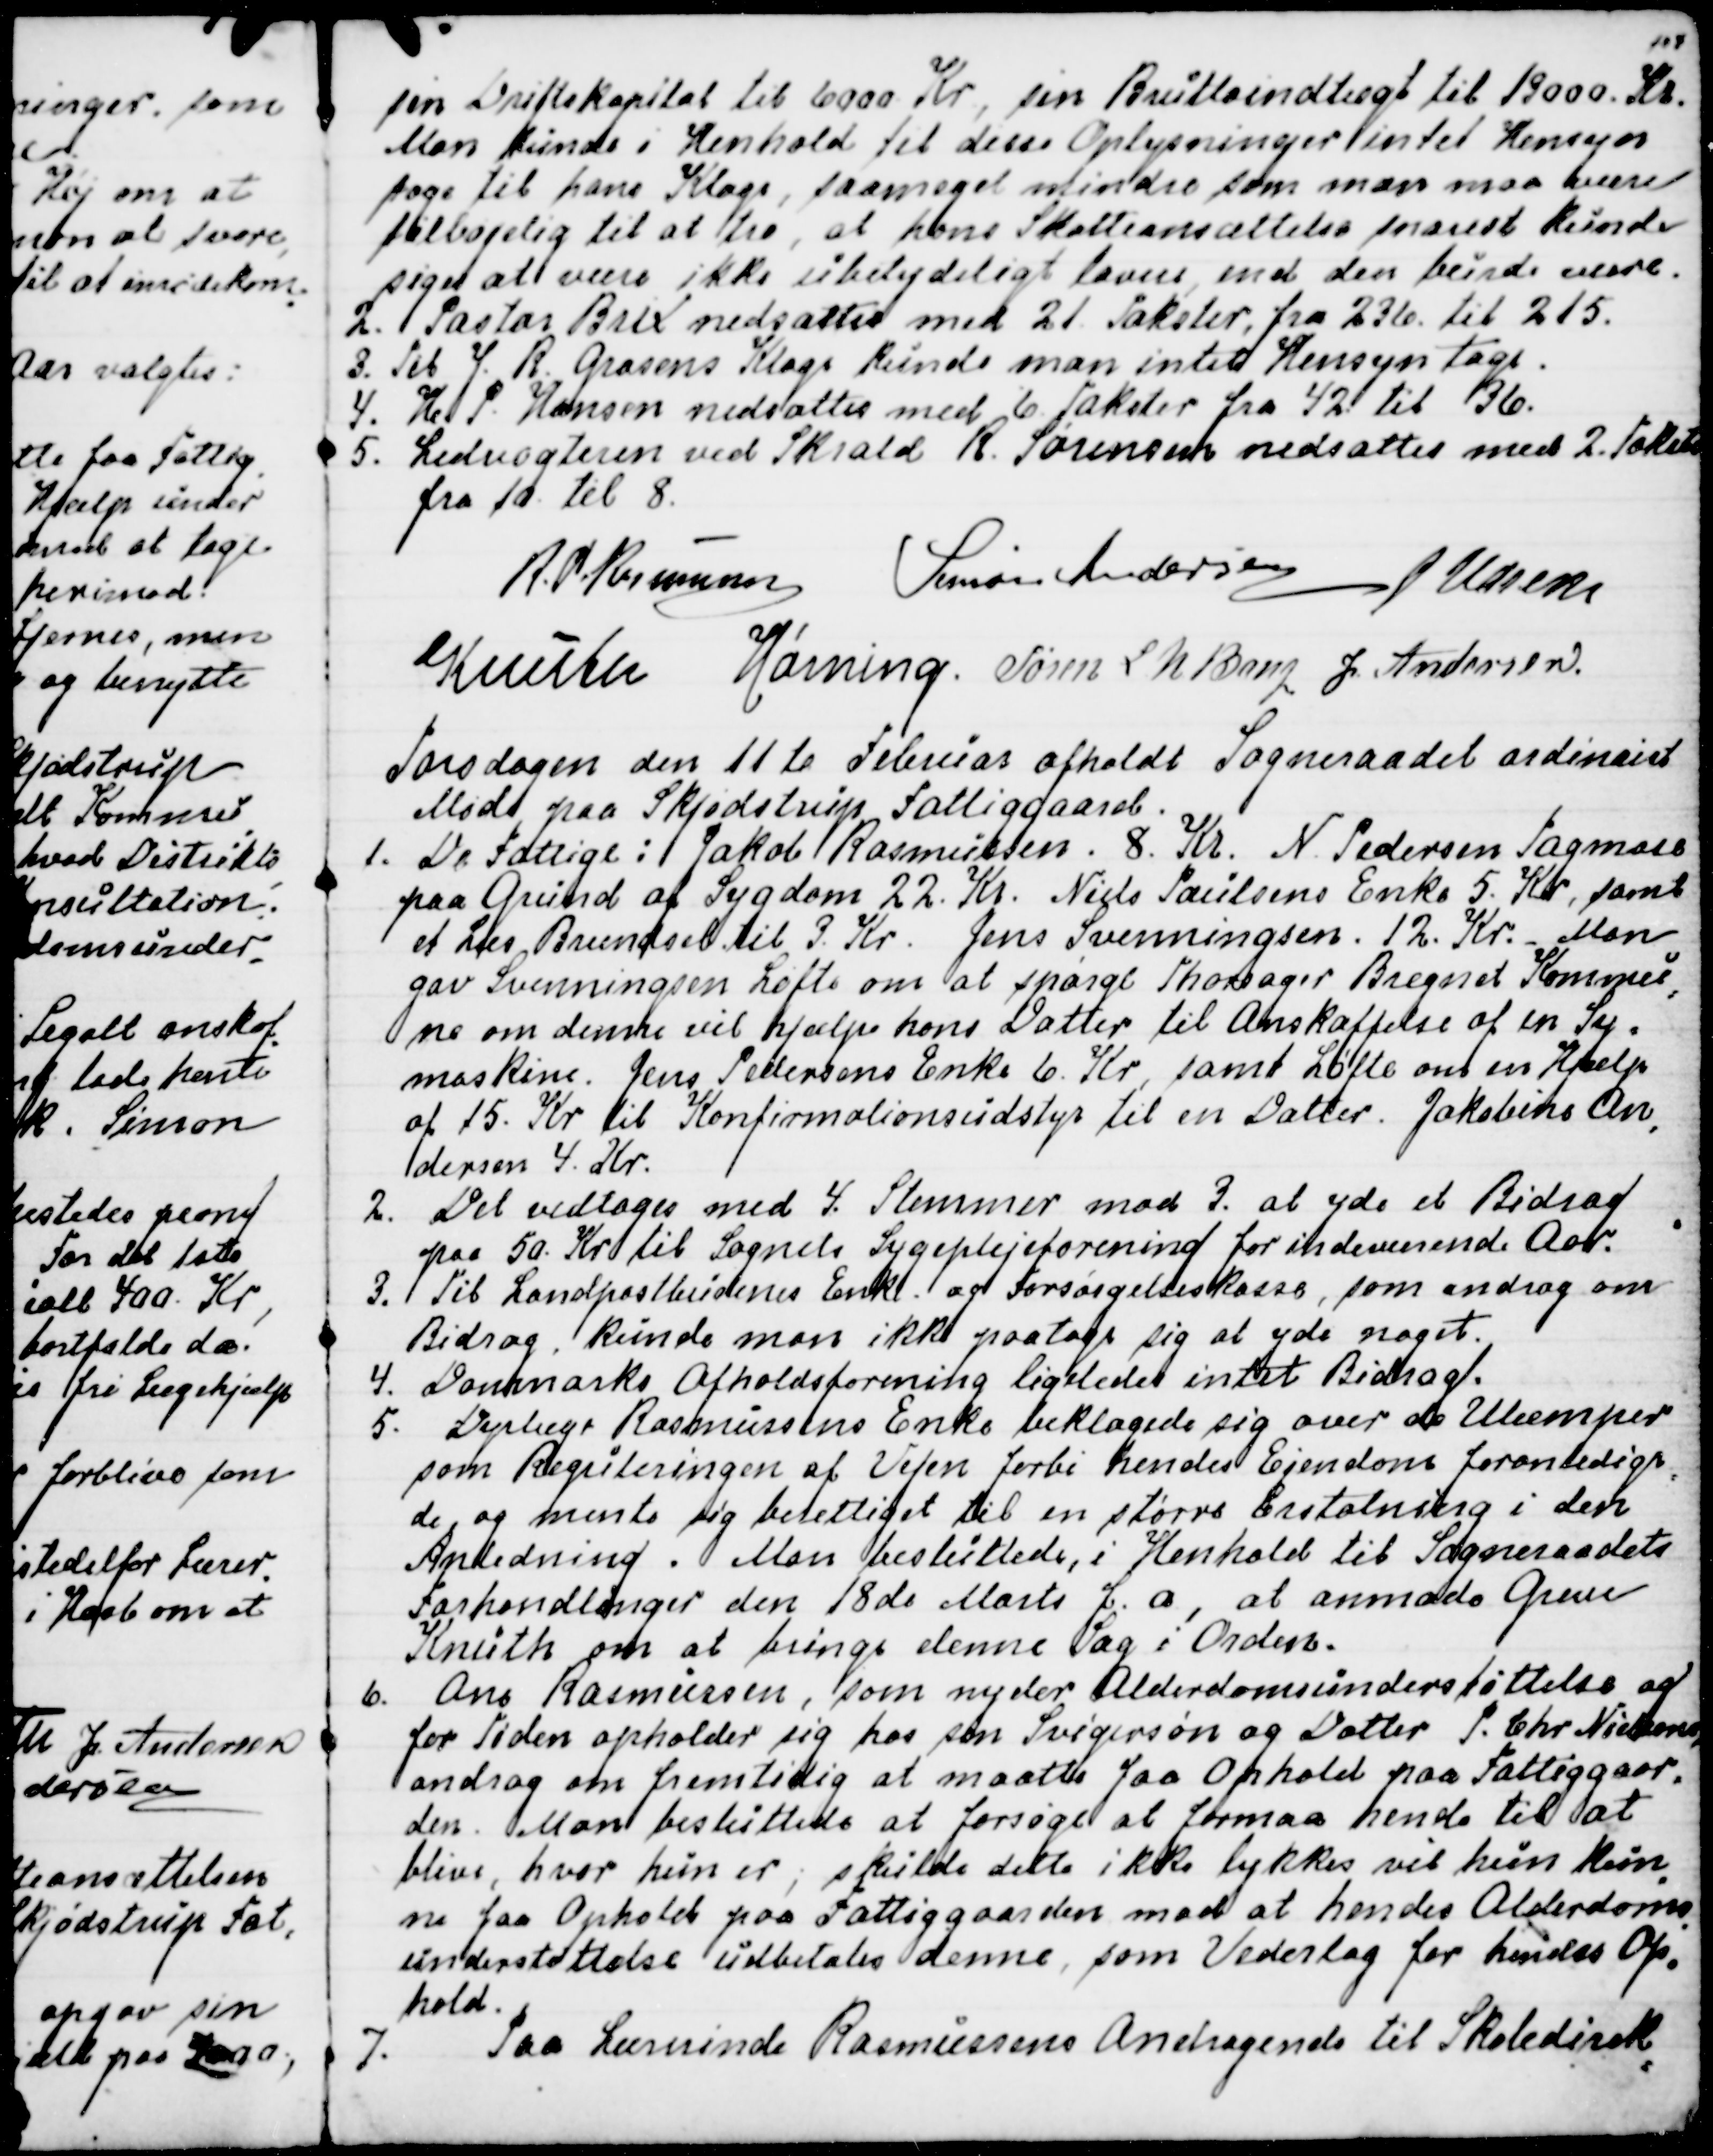
Transskription:
sin Driftskapital til 6000 Kr, sin Bruttoindtægt til 13.000. Kr.
Man kunde i Henhold til disse Oplysninger intet Hensyn
tage til hans Klage, saameget mindre, som man maa være
tilbøjelig til at tro, at hans Skatteansættelse snarest kunde
siges at være ikke ubetydeligt lavere, end den burde være.
2. Pastor Brix nedsattes med 21. Takster, fra 236. til 215.
3. Til J. R. Grosens Klage kunde man intet Hensyn tage.
4. H. P. Hansen nedsattes med 6 Takster fra 42 til 36.
5. Ledvogteren ved Skrald R. Sørensen nedsattes med 2. Takster
fra 10 til 8.
R. P. Rasmussen
Simon Andersen
J Udsen
Knuth
Hørning.
Søren L N Bang
J. Andersen.

Torsdagen den 11 te Februar afholdt Sogneraadet ordinairt
Møde paa Skjødstrup Fattiggaard.
1.De Fattige: Jakob Rasmussen. 8. Kr. N Pedersen Tagmose
paa Grund af Sygdom 22. Kr. Niels Paulsens Enke 5. Kr, samt
et Læs Brændsel til 3. Kr. Jens Svenningsen. 12. Kr. Man
gav Svenningsen Løfte om at spørge Thorsager Bregnet Kommu
=
ne om denne ville hjælpe hans Datter til Anskaffelse af en Sy=
maskine. Jens Pedersens Enke 6. Kr, samt Løfte om en Hjælp
af 15. Kr til Konfirmationsudstyr til en Datter.  Jakobine An
=
dersen 4. Kr.
2. Det Vedtoges med 4. Stemmer mod 3. at yde et Bidrag
paa 50. Kr til Sognets Sygeplejeforening for indeværende Aar.
3. Til Landpostbudenes Enke- og Forsørgelseskasse, som androg om
Bidrag, kunde man ikke paatage sig at yde noget.
4. Danmarks Afholdsforening ligeledes intet Bidrag.
5. Dyrlæge Rasmussens Enke beklagede sig over de Ulemper
som Reguleringen af Vejen forbi hendes Ejendom foranledige
-
de, og mente sig berettiget til en større Erstatning i den
Anledning . Man besluttede, i Henhold til Sogneraadets
Forhandlinger den 18de Marts f. a, at anmode Greve
Knuth om at bringe denne Sag i Orden.
6. Ane Rasmussen, som nyder Alderdomsunderstøttelse og
for Tiden opholder sig hos sin Svigersøn og Datter P. Chr. Nielsen,
androg om fremtidig at maatte faa Ophold paa Fattiggaar-
den. Man besluttede at forsøge at formaa hende til at
blive, hvor hun er, skulde dette ikke lykkes vil hun kun
-
ne faa Ophold paa Fattiggaarden mod at hendes Alderdoms
-
understøttelse udbetales denne, som Vederlag for hendes Op
-
hold. 
7.
Paa Lærerinde Rasmussens Andragende til Skoledirek
=